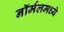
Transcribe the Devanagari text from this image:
नॉर्मलमध्ये